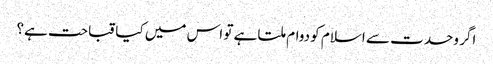
اگر وحدت سے اسلام کو دوام ملتا ہے تو اس میں کیا قباحت ہے؟